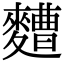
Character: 𮮁